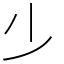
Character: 𣥂